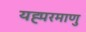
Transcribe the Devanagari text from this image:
यह्परमाणु